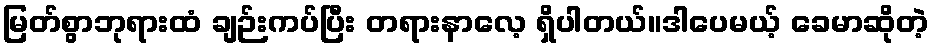
မြတ်စွာဘုရားထံ ချဉ်းကပ်ပြီး တရားနာလေ့ ရှိပါတယ်။ဒါပေမယ့် ခေမာဆိုတဲ့